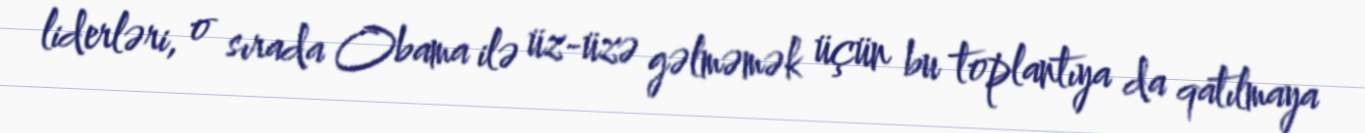
liderləri, o sırada Obama ilə üz-üzə gəlməmək üçün bu toplantıya da qatılmaya